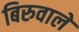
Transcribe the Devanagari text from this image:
बिरुवाले